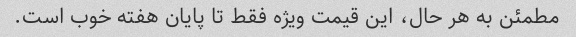
مطمئن به هر حال، این قیمت ویژه فقط تا پایان هفته خوب است.